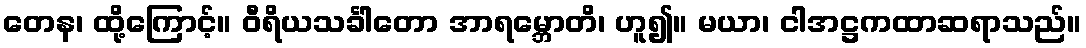
တေန၊ ထို့ကြောင့်။ ဝီရိယသင်္ခါတော အာရမ္ဘောတိ၊ ဟူ၍။ မယာ၊ ငါအဋ္ဌကထာဆရာသည်။